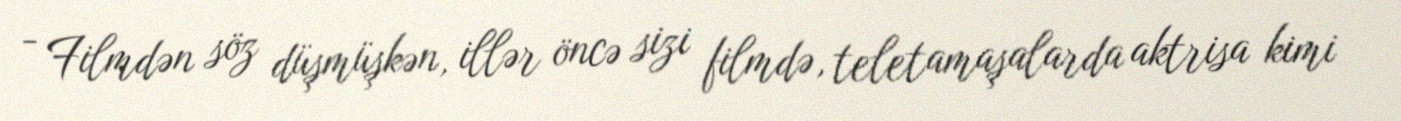
- Filmdən söz düşmüşkən, illər öncə sizi filmdə, teletamaşalarda aktrisa kimi